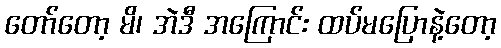
တော်တော့ မိ၊ အဲဒီ အကြောင်း ထပ်မပြောနဲ့တော့